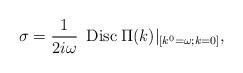
LaTeX: \begin{align*}\sigma = \frac{1}{2 i \omega} \hspace{2mm} {\rm{Disc}} \hspace{1mm} \Pi(k)|_{[k^0 = \omega; k = 0]},\end{align*}